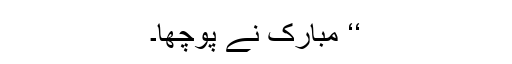
‘‘ مبارک نے پوچھا۔